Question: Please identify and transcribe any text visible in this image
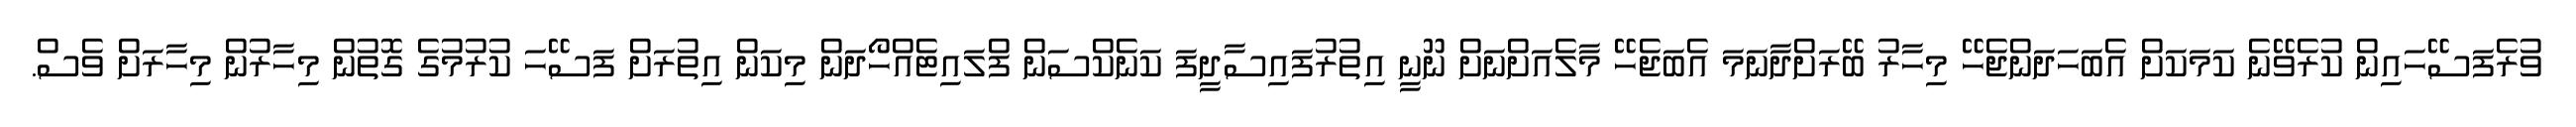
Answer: ވުރެފަސޭހައިން ކުރެވޭނެ ކަމަކަށް އެބަހަދަންޖެހޭ މިހާރު ބޭރަށްދާނަމަ އެބަޖެހޭ މާލެއަށްނަށް ނޫނީ އިތުރުފައިސާދީފަ ކަނެކްސަން ފްލައިޓެއްހޯދަން މިކަން އިތުރަށް ފަސޭހަ ކުރުމުގެ ގޮތުން މިހާރުން މިހާރަށް ވެސް.